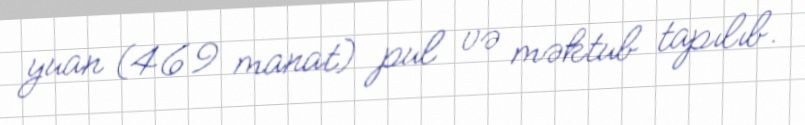
yuan (469 manat) pul və məktub tapılıb.